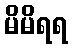
မိမိရရ